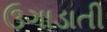
ઉગાડાતી